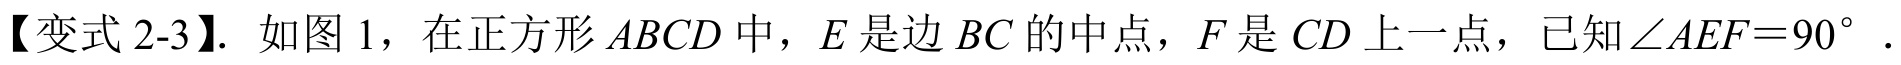
【变式2-3】. 如图1，在正方形\(ABCD\)中，\(E\)是边\(BC\)的中点，\(F\)是\(CD\)上一点，已知\(\angle AEF = 90^{\circ}\) .